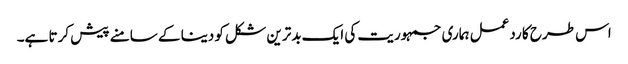
اس طرح کا ردعمل ہماری جمہوریت کی ایک بدترین شکل کو دینا کے سامنے پیش کرتا ہے۔